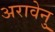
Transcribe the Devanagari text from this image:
अरावेनु